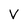
Character: V